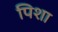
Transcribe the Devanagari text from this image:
पिशा